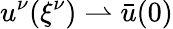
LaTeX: u^{\nu}({\xi^{\nu}})\rightharpoonup\bar{u}(0)